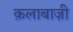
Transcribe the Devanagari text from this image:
क़लाबाज़ी